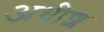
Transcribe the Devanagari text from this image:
अधीश